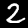
Digit: 2